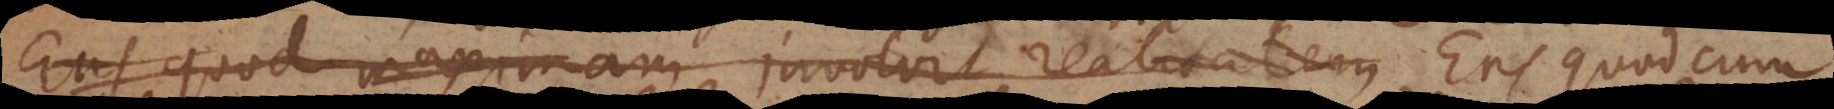
Ens quod maximam involvit realitatem Ens quod cum